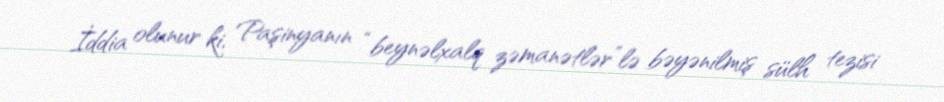
İddia olunur ki, Paşinyanın “beynəlxalq zəmanətlər”lə bəyənilmiş sülh tezisi